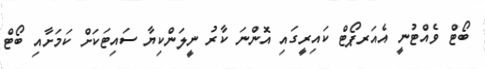
ބޯޓް ވެއްޓުނީ އެއަރޕޯޓް ކައިރީގައި އޮންނަ ކާރު ނީލަންކިޔާ ސައިޓަކަށް ކަމަށާއި ބޯޓް